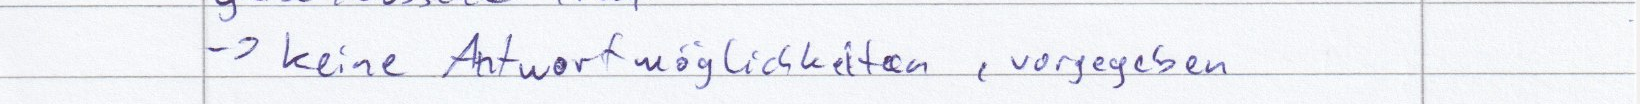
-> keine Antwortmöglichkeiten, vorgegeben